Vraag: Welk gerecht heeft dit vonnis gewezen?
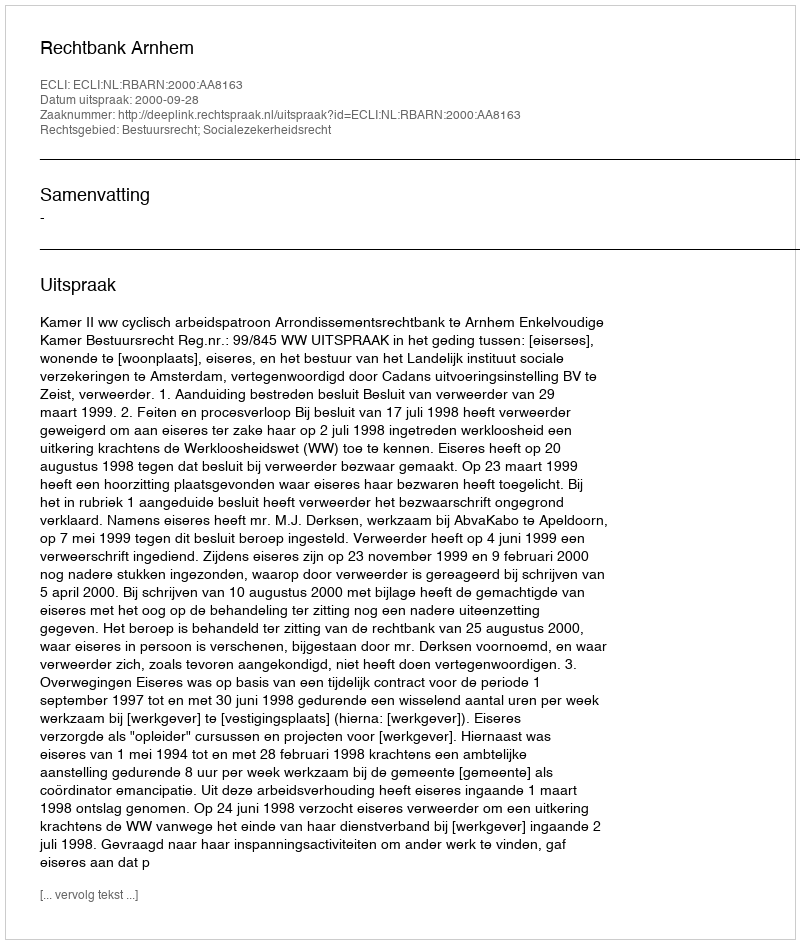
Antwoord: Rechtbank Arnhem